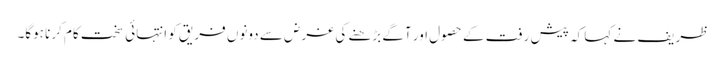
ظریف نے کہا کہ پیش رفت کے حصول اور آگے بڑھنے کی غرض سے دونوں فریق کو انتہائی سخت کام کرنا ہوگا۔